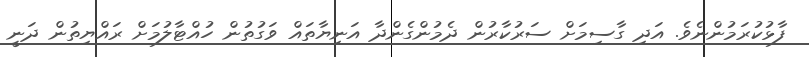
ފާޅުކުރަމުންނެވެ. އަދި ގާސިމަށް ސަރުކާރުން ދެމުންގެންދާ އަނިޔާތައް ވަގުތުން ހުއްޓާލުމަށް ރައްޔިތުން ދަނީ